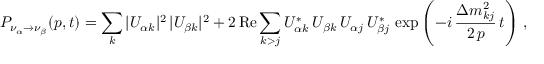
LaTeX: P _ { \nu _ { \alpha } \to \nu _ { \beta } } ( p , t ) = \sum _ { k } | U _ { { \alpha } k } | ^ { 2 } \, | U _ { { \beta } k } | ^ { 2 } + 2 \, \mathrm { R e } \sum _ { k > j } U _ { { \alpha } k } ^ { * } \, U _ { { \beta } k } \, U _ { { \alpha } j } \, U _ { { \beta } j } ^ { * } \, \exp \left( - i \, \frac { \Delta { m } _ { k j } ^ { 2 } } { 2 \, p } \, t \right) \, ,